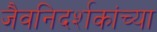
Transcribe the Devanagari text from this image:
जैवनिदर्शकांच्या